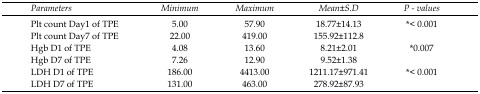
<table><thead><tr><td><b>Parameters</b></td><td><b>Minimum</b></td><td><b>Maximum</b></td><td><b>Mean±S.D</b></td><td><b>P - values</b></td></tr></thead><tbody><tr><td>Plt count Day1 of TPE</td><td>5.00</td><td>57.90</td><td>18.77±14.13</td><td rowspan="2">*&lt; 0.001</td></tr><tr><td>Plt count Day7 of TPE</td><td>22.00</td><td>419.00</td><td>155.92±112.8</td></tr><tr><td>Hgb D1 of TPE</td><td>4.08</td><td>13.60</td><td>8.21±2.01</td><td rowspan="2">*0.007</td></tr><tr><td>Hgb D7 of TPE</td><td>7.26</td><td>12.90</td><td>9.52±1.38</td></tr><tr><td>LDH D1 of TPE</td><td>186.00</td><td>4413.00</td><td>1211.17±971.41</td><td rowspan="2">*&lt; 0.001</td></tr><tr><td>LDH D7 of TPE</td><td>131.00</td><td>463.00</td><td>278.92±87.93</td></tr></tbody></table>